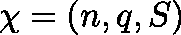
\mathbf { \chi } = ( n , q , S )